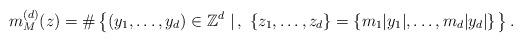
LaTeX: \begin{align*} m^{(d)}_{M}(z)=\#\left\{(y_1,\ldots,y_d)\in\mathbb{Z}^d\,\left|\, , \ \{z_1,\ldots,z_d\}=\{m_1|y_1|,\ldots,m_d|y_d|\}\right.\right\}.\end{align*}